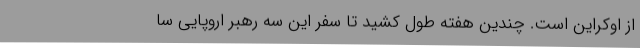
از اوکراین است. چندین هفته طول کشید تا سفر این سه رهبر اروپایی سا